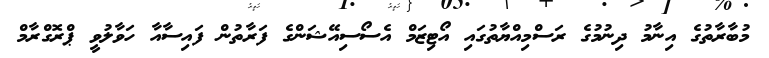
މުބާރާތުގެ އިނާމު ދިނުމުގެ ރަސްމިއްޔާތުގައި އޯޓިޒަމް އެސޯސިއޭޝަންގެ ފަރާތުން ފައިސާއާ ހަވާލުވީ ޕްރޮގްރާމް